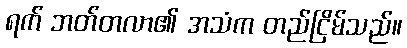
ရက် ဘတ်တလာ၏ အသံက တည်ငြိမ်သည်။